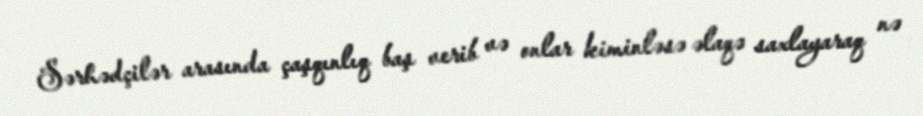
Sərhədçilər arasında çaşqınlıq baş verib və onlar kiminləsə əlaqə saxlayaraq nə